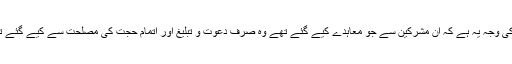
اس کی وجہ یہ ہے کہ ان مشرکین سے جو معاہدے کیے گئے تھے وہ صرف دعوت و تبلیغ اور اتمام حجت کی مصلحت سے کیے گئے تھے۔